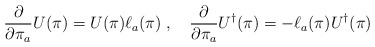
\begin{align*}\frac{\partial}{\partial \pi_a} U (\pi) = U (\pi) \ell_a (\pi)\; , \quad \frac{\partial}{\partial \pi_a} U^\dagger (\pi) = - \ell_a (\pi)U^\dagger (\pi) \end{align*}